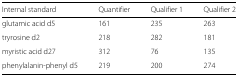
| Internal standard | Quantifier | Qualifier 1 | Qualifier 2 |
 | --- | --- | --- | --- |
 | glutamic acid d5 | 161 | 235 | 263 |
 | tryrosine d2 | 218 | 282 | 181 |
 | myristic acid d27 | 312 | 76 | 135 |
 | phenylalanin-phenyl d5 | 219 | 200 | 274 |